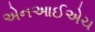
એનઆઈએચ